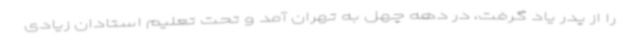
را از پدر یاد گرفت، در دهه چهل به تهران آمد و تحت تعلیم استادان زیادی